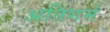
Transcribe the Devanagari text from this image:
अतिगर्म